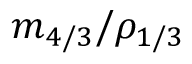
m _ { 4 / 3 } / \rho _ { 1 / 3 }